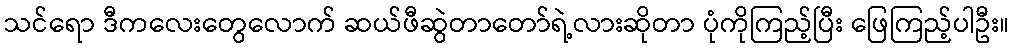
သင်ရော ဒီကလေးတွေလောက် ဆယ်ဖီဆွဲတာတော်ရဲ့လားဆိုတာ ပုံကိုကြည့်ပြီး ဖြေကြည့်ပါဦး။